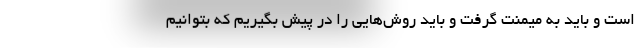
است و باید به میمنت گرفت و باید روش‌هایی را در پیش بگیریم که بتوانیم